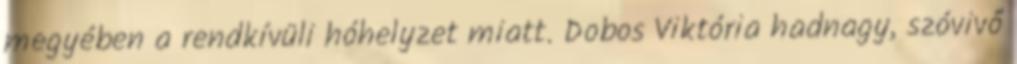
megyében a rendkívüli hóhelyzet miatt. Dobos Viktória hadnagy, szóvivő